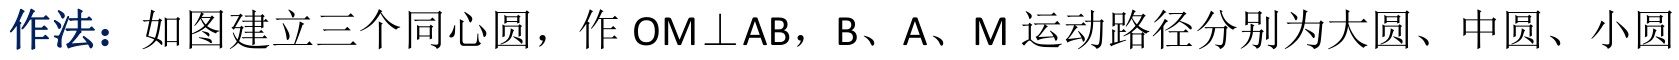
作法：如图建立三个同心圆，作 \(OM\perp AB\)，B、A、M 运动路径分别为大圆、中圆、小圆